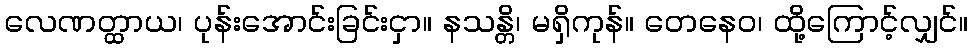
လေဏတ္ထာယ၊ ပုန်းအောင်းခြင်းငှာ။ နသန္တိ၊ မရှိကုန်။ တေနေဝ၊ ထို့ကြောင့်လျှင်။